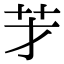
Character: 𦬁